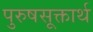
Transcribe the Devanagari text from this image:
पुरुषसूक्तार्थ